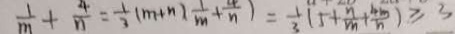
\frac { 1 } { m } + \frac { 4 } { n } = \frac { 1 } { 3 } ( m + n ) \frac { 1 } { m } + \frac { 4 } { n } + \frac { 4 } { n } ) = \frac { 1 } { 3 } ( 5 + \frac { n } { m } + \frac { 4 m } { n } ) \geq 3